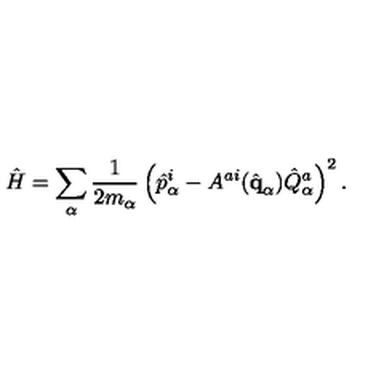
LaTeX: \hat { H } = \sum _ { \alpha } { \frac { 1 } { 2 m _ { \alpha } } } \left( \hat { p } _ { \alpha } ^ { i } - A ^ { a i } ( \hat { \bf q } _ { \alpha } ) \hat { Q } _ { \alpha } ^ { a } \right) ^ { 2 } .